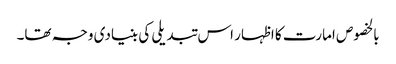
بالخصوص امارت کا اظہار اس تبدیلی کی بنیادی وجہ تھا۔